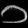
Digit: ၁